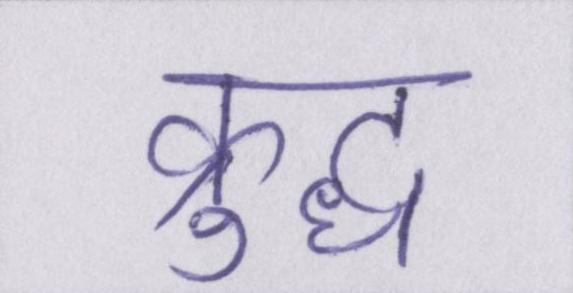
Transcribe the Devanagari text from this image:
क्रुद्ध